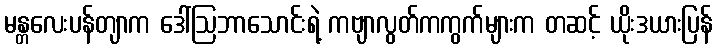
မန္တလေးပန်တျာက ဒေါ်ဩဘာသောင်းရဲ့ ကဗျာလွတ်ကကွက်များက တဆင့် ယိုးဒယားပြန်